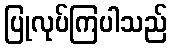
ပြုလုပ်ကြပါသည်